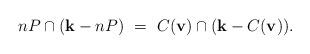
LaTeX: \begin{align*} nP \cap (\mathbf k - nP)\ =\ C(\mathbf{v}) \cap (\mathbf k - C(\mathbf v)).\end{align*}